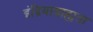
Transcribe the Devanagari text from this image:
इंद्रियाग्राह्यता